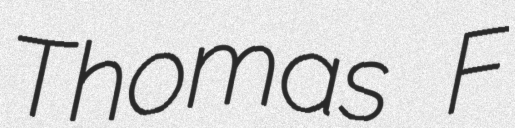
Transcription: Thomas F